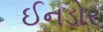
ઈનડોર